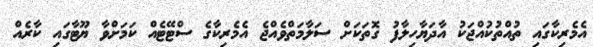
އެމެރިކާގައި ތުއްތުކުއްޖަކު އާދަޔާހިލާފު ގޮތަކަށް ސަލާމަތްވެއްޖެ އެމެރިކާގެ ސްޓޭޓެއް ކަމަށްވާ ޔޫޓާގައި ކާރެއް